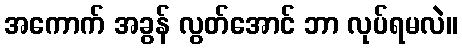
အကောက် အခွန် လွတ်အောင် ဘာ လုပ်ရမလဲ။